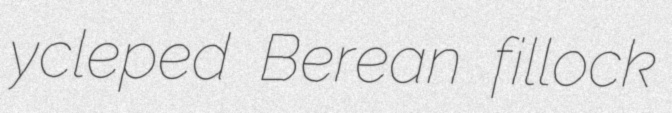
ycleped Berean fillock